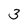
Character: 3